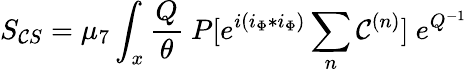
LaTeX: S_{\mathcal{C}S}=\mu_{7}\int_{x}{\frac{{Q}}{{\theta}}}~P[e^{i(i_{\Phi}*i_{\Phi})}\sum_{n}\mathcal{C}^{(n)}]~e^{Q^{-1}}